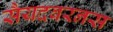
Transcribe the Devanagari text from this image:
सैयदबरनस